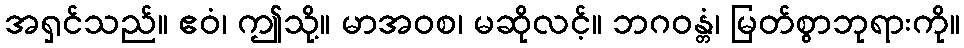
အရှင်သည်။ ဧဝံ၊ ဤသို့။ မာအဝစ၊ မဆိုလင့်။ ဘဂဝန္တံ၊ မြတ်စွာဘုရားကို။